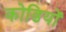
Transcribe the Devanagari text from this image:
कोढियों